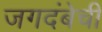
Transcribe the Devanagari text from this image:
जगदंबेची